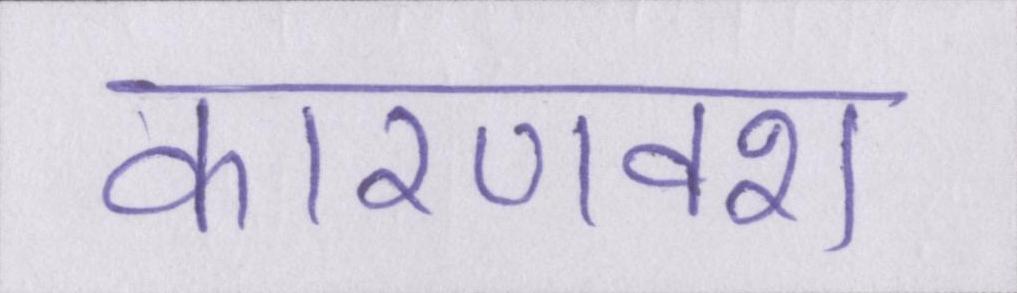
कारणवश